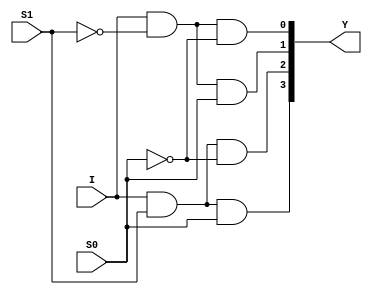
//Structural Modelling for 1:4 DeMux

module deMux_1_to_4_str(I, S1, S0, Y);
input I; input S1, S0;
output [3:0]Y;
wire y1, y2;
not (y1, S1); not (y2, S0);
and(Y[0], I, y1, y2);
and(Y[1], I, y1, S0);
and(Y[2], I, S1, y2);
and(Y[3], I, S1, S0);
endmodule